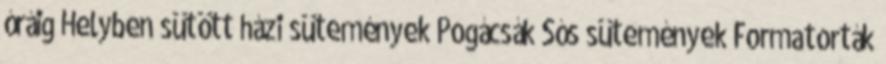
óráig Helyben sütött házi sütemények Pogácsák Sós sütemények Formatorták